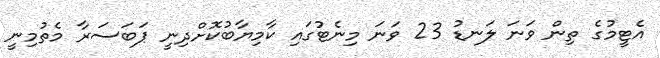
އެޓީމުގެ ތިން ވަނަ ލަނޑު 23 ވަނަ މިނެޓުގައި ކާމިޔާބުކޮށްދިނީ ޕަބަސަރާ މެތުމިނީ